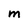
Character: M